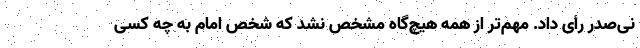
نی‌صدر رأی داد. مهم‌تر از همه هیچ‌گاه مشخص نشد که شخص امام به چه کسی